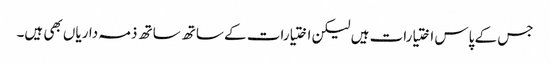
جس کے پاس اختیارات ہیں لیکن اختیارات کے ساتھ ساتھ ذمہ داریاں بھی ہیں۔